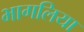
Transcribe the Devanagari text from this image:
भागलिया